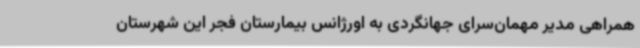
همراهی مدیر مهمان‌سرای جهانگردی به اورژانس بیمارستان فجر این شهرستان